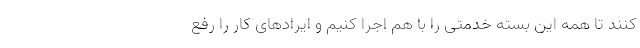
کنند تا همه این بسته خدمتی را با هم اجرا کنیم و ایرادهای کار را رفع